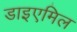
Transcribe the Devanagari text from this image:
डाइएमिल